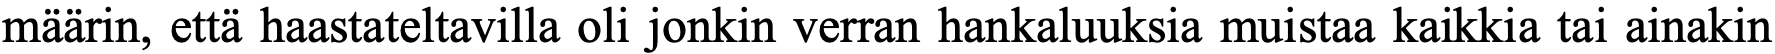
määrin, että haastateltavilla oli jonkin verran hankaluuksia muistaa kaikkia tai ainakin